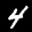
Label: 4